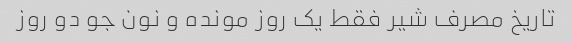
تاریخ مصرف شیر فقط یک روز مونده و نون جو دو روز